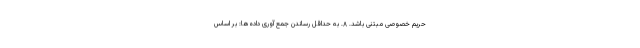
حریم خصوصی مبتنی باشد. ۸. به حداقل رساندن جمع آوری داده‌ها: بر اساس